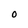
Character: O